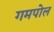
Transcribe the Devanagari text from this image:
गमपोल